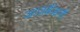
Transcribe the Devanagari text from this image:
आज़र्बैजानी